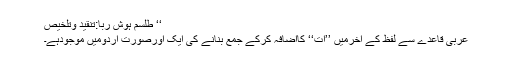
‘‘ طلسم ہوش ربا:تنقید وتلخیص
عربی قاعدے سے لفظ کے آخرمیں ’’ات‘‘ کااضافہ کرکے جمع بنانے کی ایک اورصورت اردومیں موجودہے۔